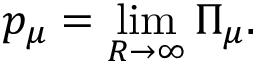
p _ { \mu } = \operatorname * { l i m } _ { R \to \infty } \Pi _ { \mu } .